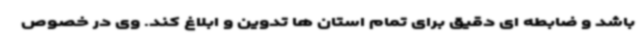
باشد و ضابطه ای دقیق برای تمام استان ها تدوین و ابلاغ کند. وی در خصوص